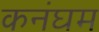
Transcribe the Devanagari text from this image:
कनंघम